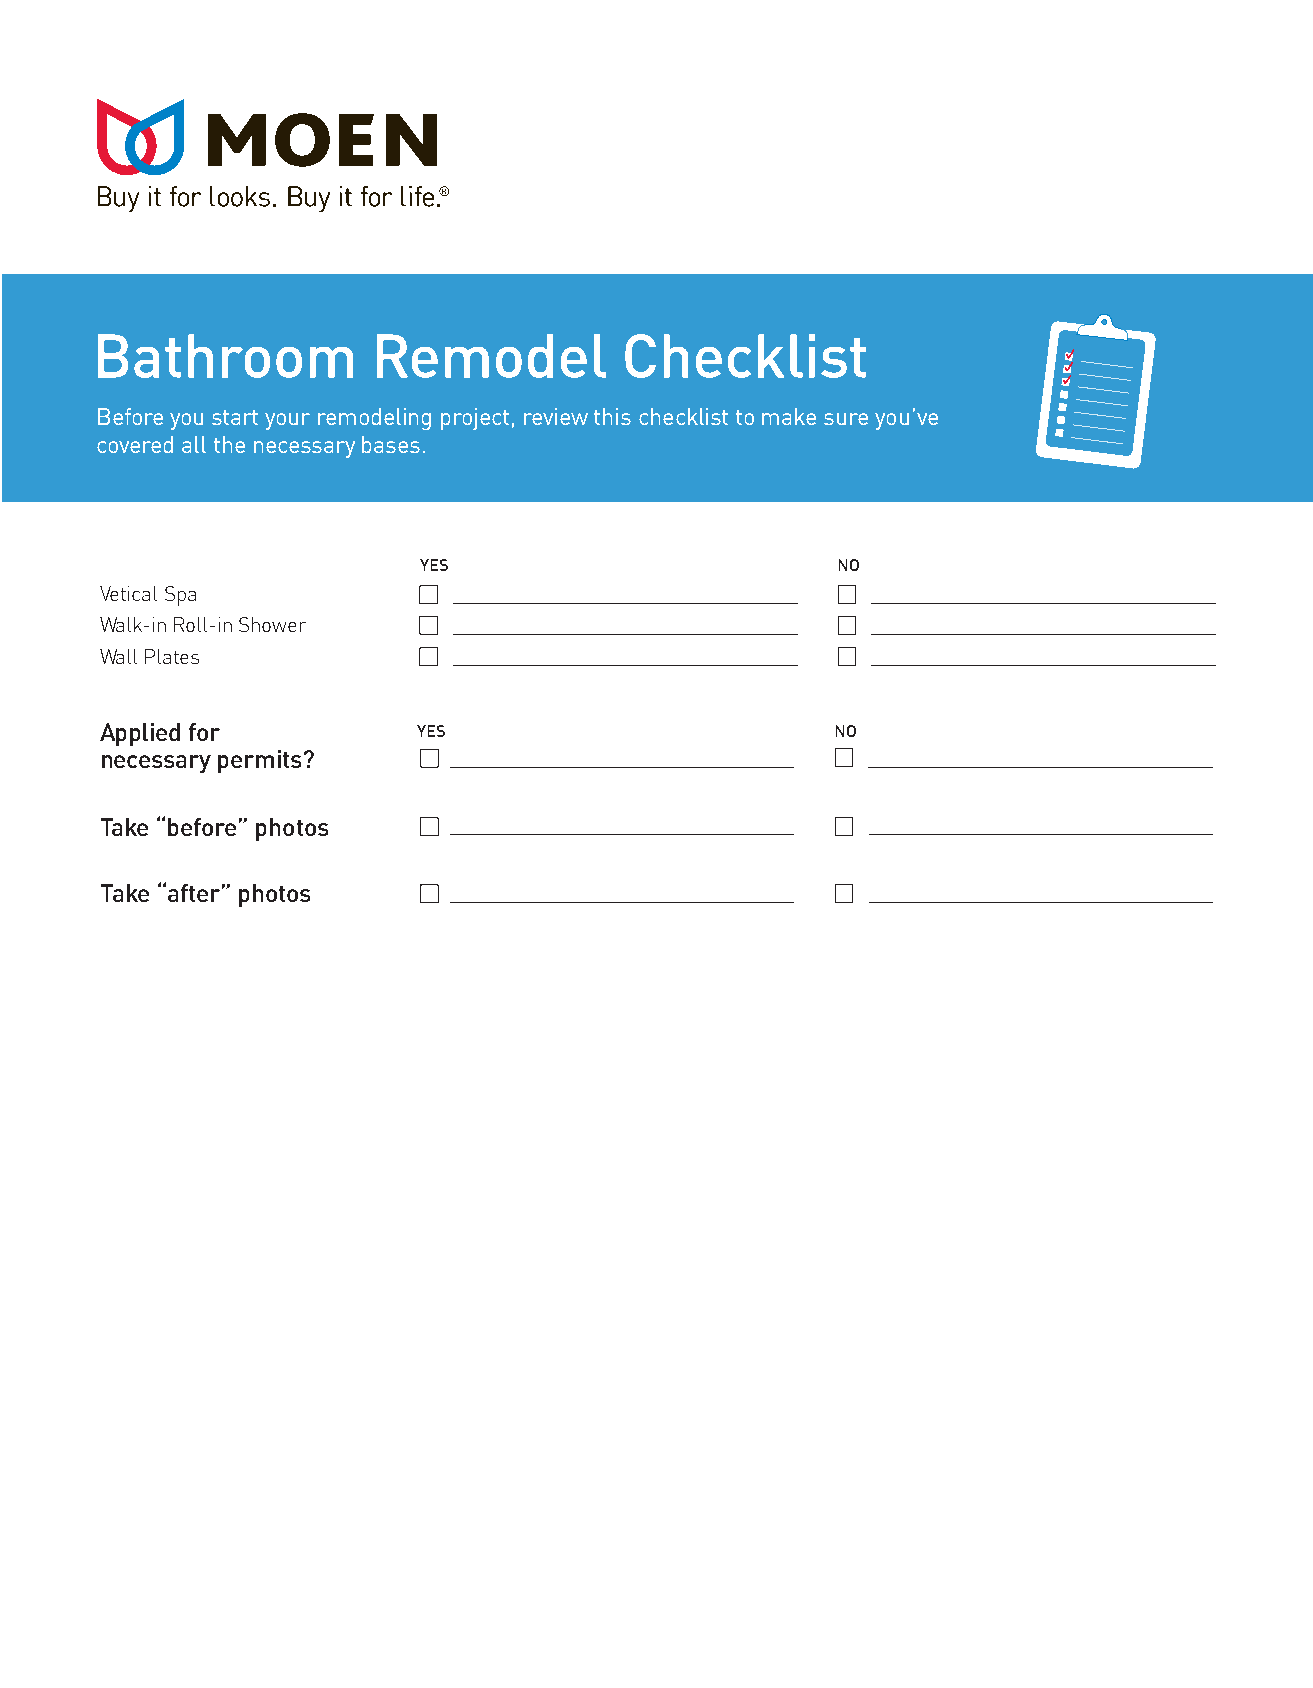
Bathroom           Remodel         Checklist
 Before you start your remodeling project, review this checklist to make sure you’ve
 covered all the necessary bases.
 YES                        NO
 Vetical Spa
 Walk-in Roll-in Shower
 Wall Plates
 Applied for          YES                        NO
 necessary permits?
 Take “before” photos
 Take “after” photos